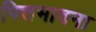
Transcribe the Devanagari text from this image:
पित्तभावना